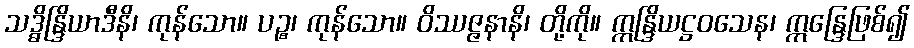
သဒ္ဓိန္ဒြိယာဒီနိ၊ ကုန်သော။ ပဉ္စ၊ ကုန်သော။ ဝိဿဇ္ဇနာနိ၊ တို့ကို။ ဣန္ဒြိယဋ္ဌဝသေန၊ ဣန္ဒြေဖြစ်၍